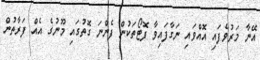
އޭނާ މަރުވެފައި އޮއްވައި ނަގާފައިވާ ފޮޓޯތަކުން ފެންނަ ގޮތުގައި މޫނުގެ އެއް ފަރާތުން